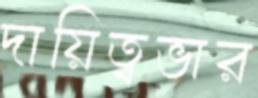
দায়িত্বভার